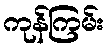
ကုန်ကြမ်း